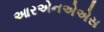
આરએનએએસ